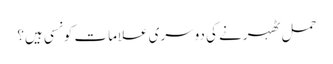
حمل ٹھہرنے کی دوسری علامات کونسی ہیں؟